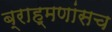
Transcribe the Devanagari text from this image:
ब्राह्मणांसच